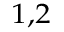
^ { 1 , 2 }